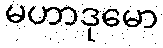
မဟာဒုမော